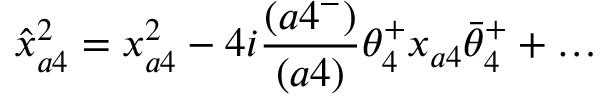
\hat { x } _ { a 4 } ^ { 2 } = x _ { a 4 } ^ { 2 } - 4 i { \frac { ( a 4 ^ { - } ) } { ( a 4 ) } } \theta _ { 4 } ^ { + } x _ { a 4 } \bar { \theta } _ { 4 } ^ { + } + \ldots